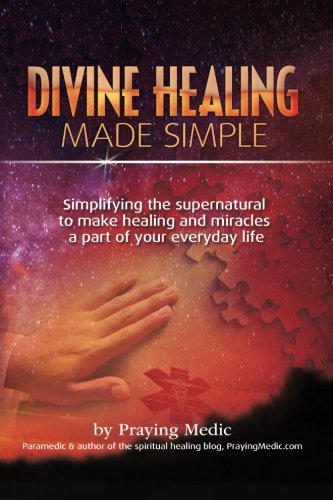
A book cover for Divine Healing Made Simple: Simplifying the supernatural to make healing and miracles a part of your everyday life; Praying Medic; Christian Books & Bibles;